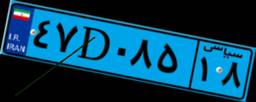
۴۷D۰۸۵۱۸